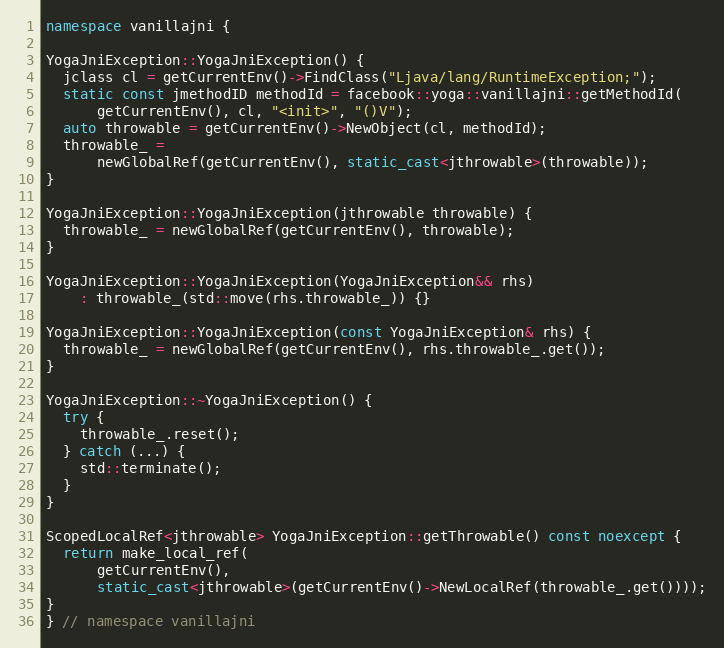
Language: C++
namespace vanillajni {

YogaJniException::YogaJniException() {
  jclass cl = getCurrentEnv()->FindClass("Ljava/lang/RuntimeException;");
  static const jmethodID methodId = facebook::yoga::vanillajni::getMethodId(
      getCurrentEnv(), cl, "<init>", "()V");
  auto throwable = getCurrentEnv()->NewObject(cl, methodId);
  throwable_ =
      newGlobalRef(getCurrentEnv(), static_cast<jthrowable>(throwable));
}

YogaJniException::YogaJniException(jthrowable throwable) {
  throwable_ = newGlobalRef(getCurrentEnv(), throwable);
}

YogaJniException::YogaJniException(YogaJniException&& rhs)
    : throwable_(std::move(rhs.throwable_)) {}

YogaJniException::YogaJniException(const YogaJniException& rhs) {
  throwable_ = newGlobalRef(getCurrentEnv(), rhs.throwable_.get());
}

YogaJniException::~YogaJniException() {
  try {
    throwable_.reset();
  } catch (...) {
    std::terminate();
  }
}

ScopedLocalRef<jthrowable> YogaJniException::getThrowable() const noexcept {
  return make_local_ref(
      getCurrentEnv(),
      static_cast<jthrowable>(getCurrentEnv()->NewLocalRef(throwable_.get())));
}
} // namespace vanillajni